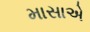
માસાએ